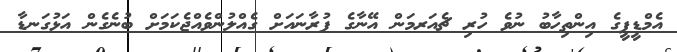
އެމްޑީޕީގެ އިންތިހާބު ނުވެ ހުރި ޗެއަރމަން އޭނާގެ ފުރާނައަށް ގެއްލުންވެއްޖެކަމަށް ބުނެގެން އަޅުގަނޑާ